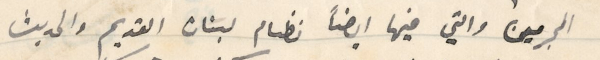
المجرمين والتي فيها ايضاً نظام لبنان القديم والحديث